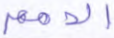
الأمم